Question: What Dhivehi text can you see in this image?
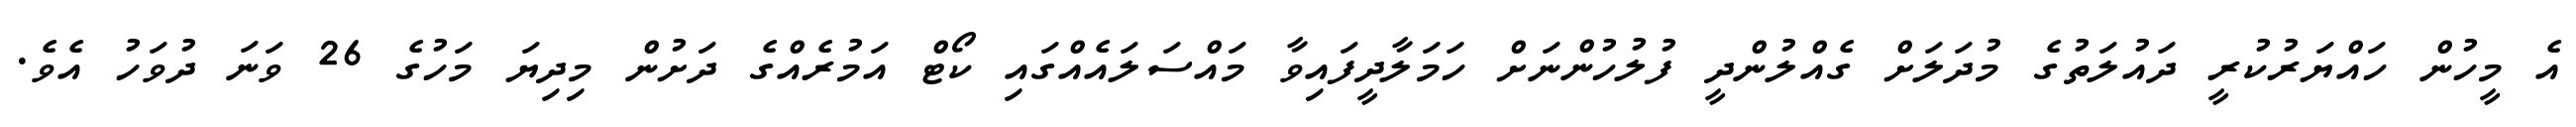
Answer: އެ މީހުން ހައްޔަރުކުރީ ދައުލަތުގެ މުދަލަށް ގެއްލުންދީ ފުލުހުންނަށް ހަމަލާދީފައިވާ މައްސަލައެއްގައި ކޯޓް އަމުރެއްގެ ދަށުން މިދިޔަ މަހުގެ 26 ވަނަ ދުވަހު އެވެ.